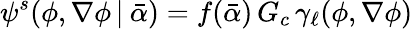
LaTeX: \psi^{s}(\phi,\nabla\phi\, |\: \bar{\alpha})=f(\bar{\alpha})\, G_{c}\, {\gamma}_{\ell}(\phi,\nabla\phi)